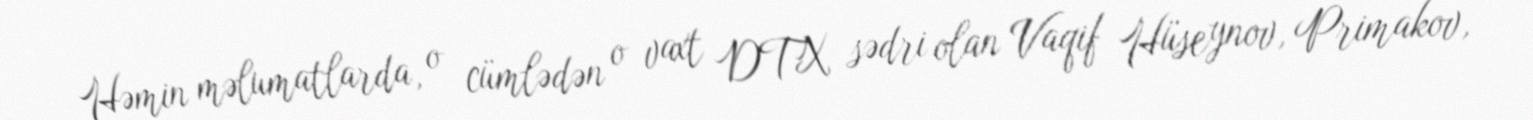
Həmin məlumatlarda, o cümlədən o vaxt DTX sədri olan Vaqif Hüseynov, Primakov,